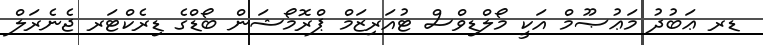
ޑރ ޢަބުދު މަޢުޞޫމް އަކީ މޯލްޑިވްސް ޓުއަރިޒަމް ޕްރޮމޯޝަން ބޯޑްގެ ޑިރެކްޓަރ ޖެނެރަލް